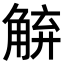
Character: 𮗱